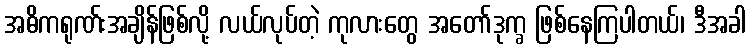
အဓိကရုဏ်းအချိန်ဖြစ်လို့ လယ်လုပ်တဲ့ ကုလားတွေ အတော်ဒုက္ခ ဖြစ်နေကြပါတယ်၊ ဒီအခါ